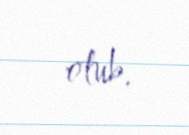
olub.